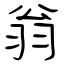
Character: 翁